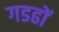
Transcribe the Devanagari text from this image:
गडढों